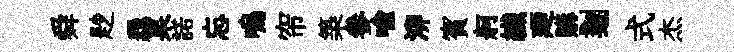
舜尟覊杲諾忘嗚帘築參喻泖賓舸纎廼購剗式杰